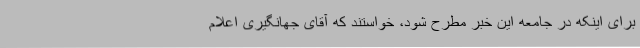
برای اینکه در جامعه این خبر مطرح شود، خواستند که آقای جهانگیری اعلام